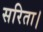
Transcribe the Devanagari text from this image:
सरिता।